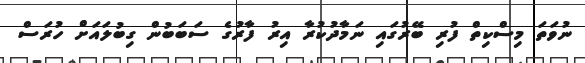
ނުވަތަ މިސްކިތް ފުރި ބޭރުގައި ނަމާދުކުރާ އިރު ފާރުގެ ސަބަބުން ގިބުލައަށް ހުރަސް